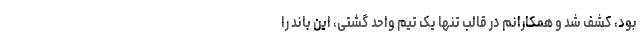
بود، کشف شد و همکارانم در قالب تنها یک تیم واحد گشتی، این باند را